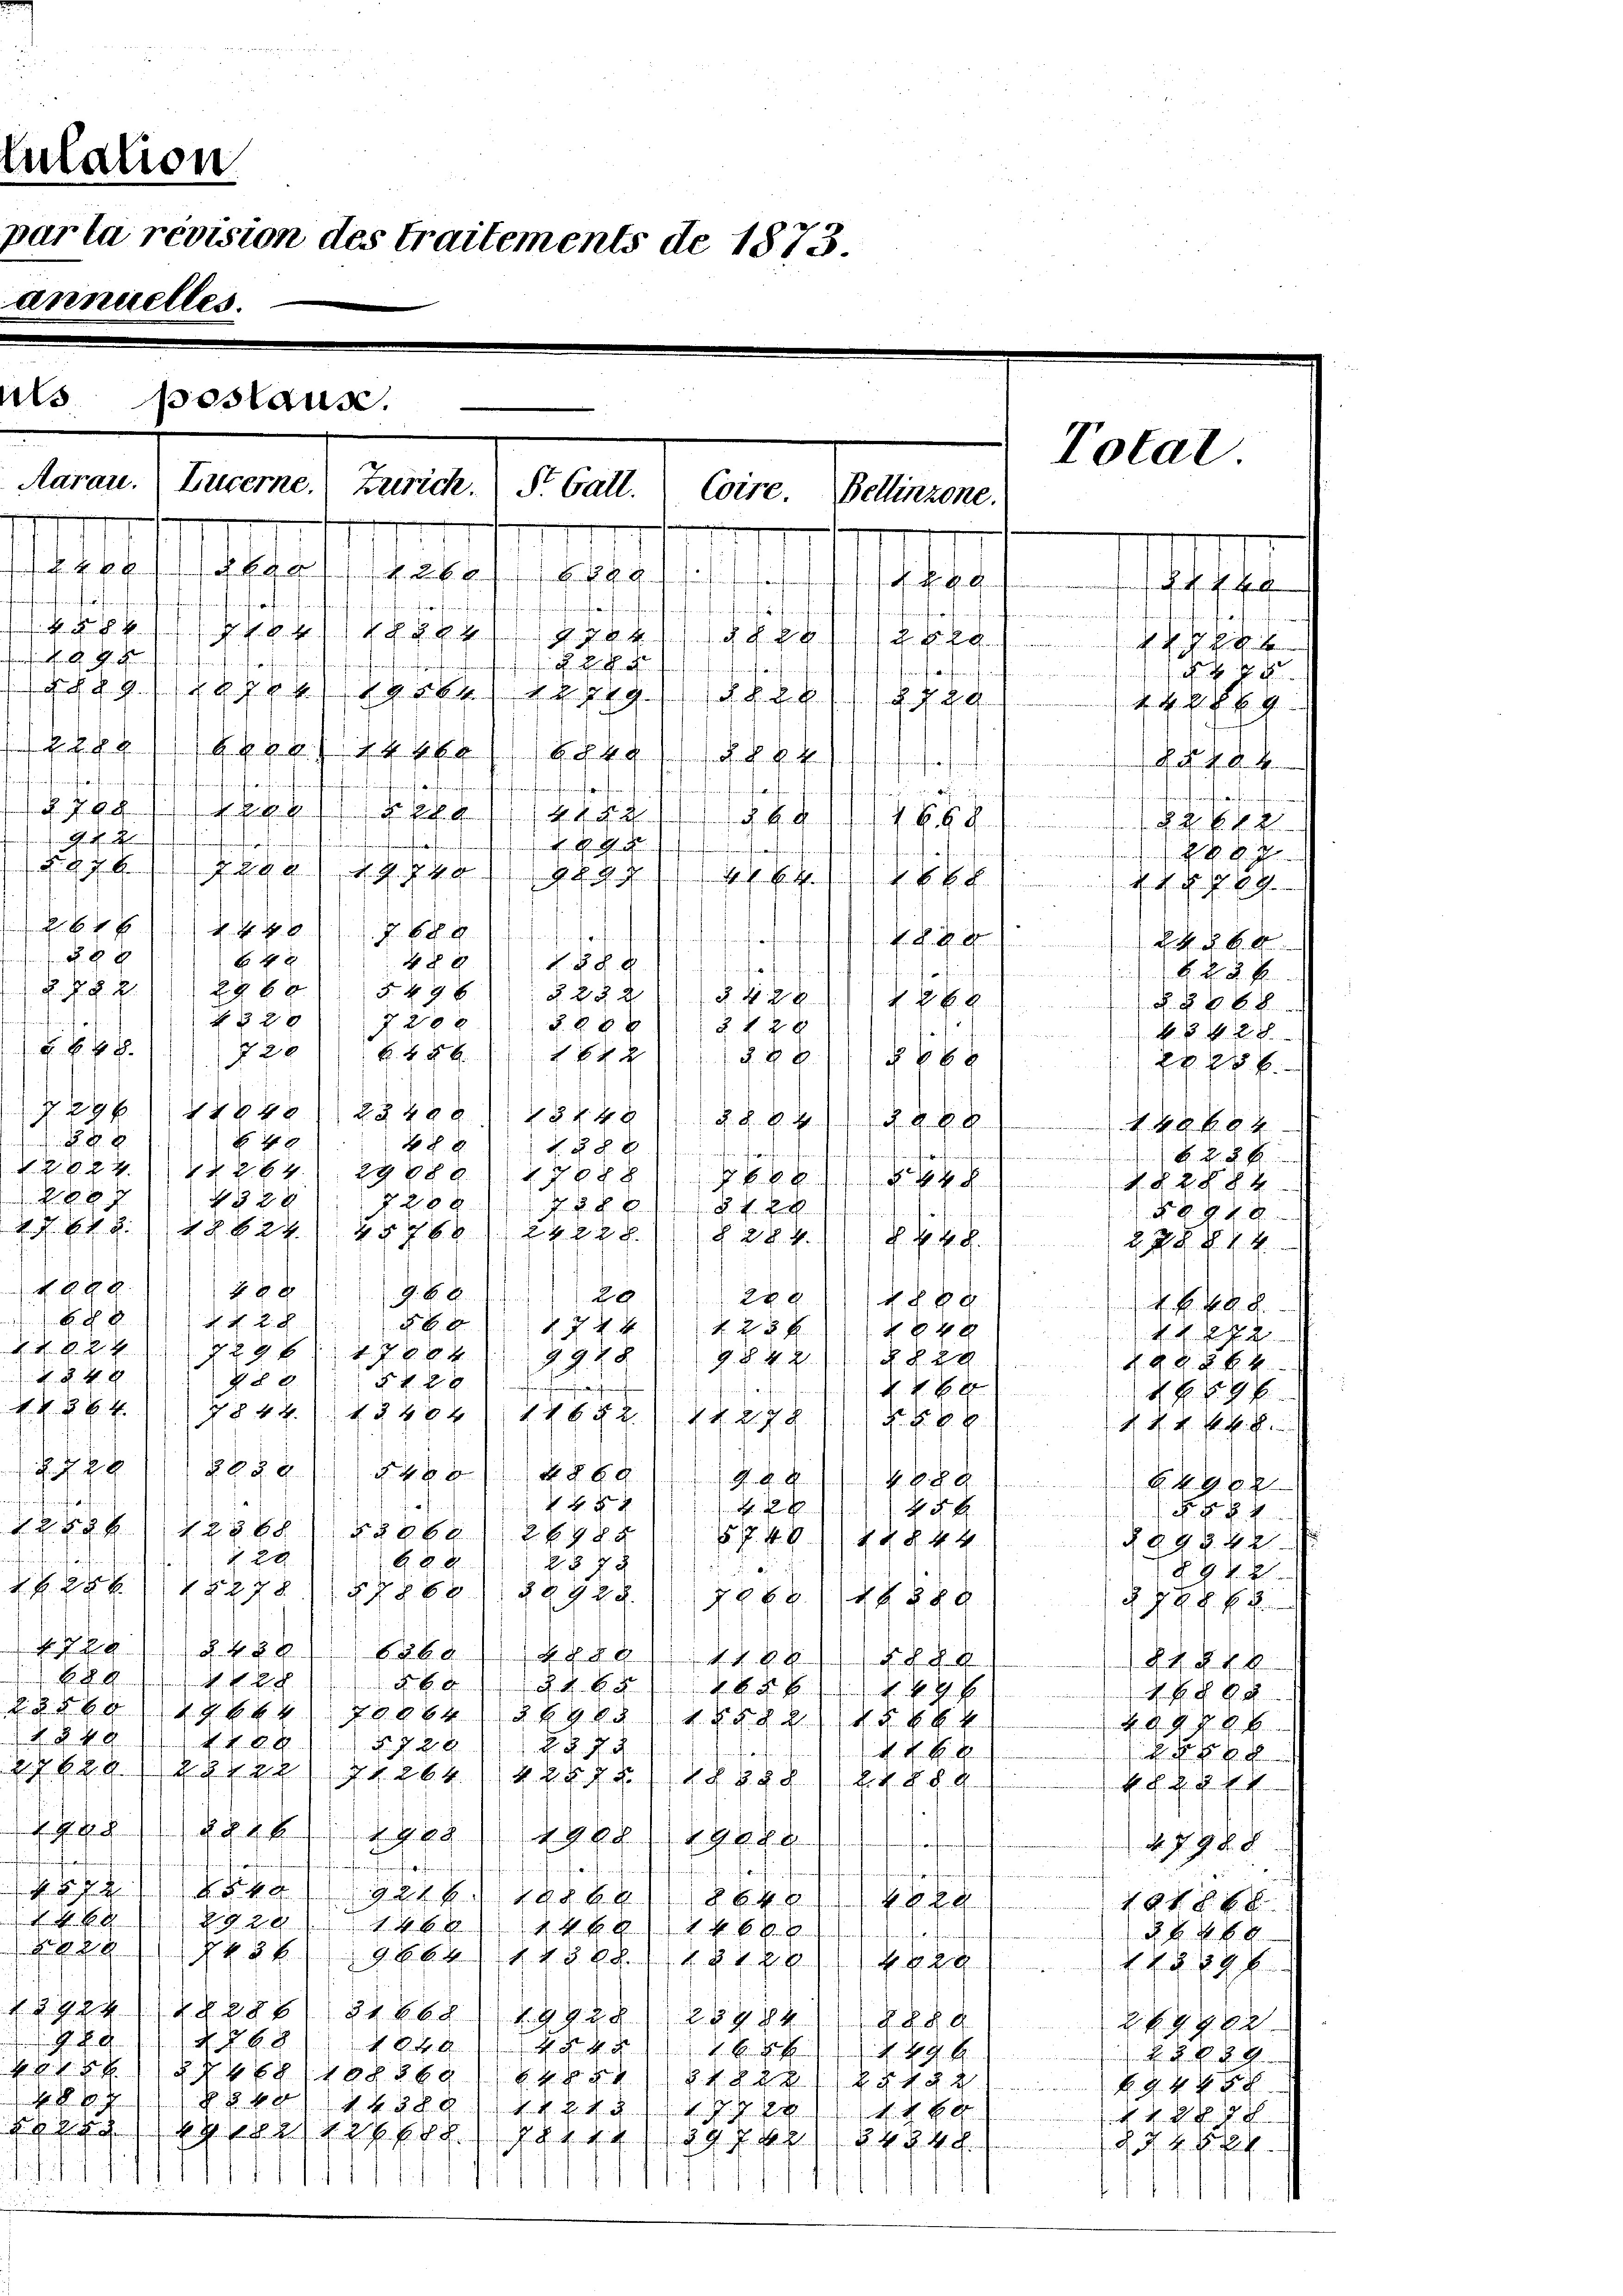
s

s. k. k.
.
R. 64 x
 769
fündige
.///4/1891 k
 f 0 x
B 48
4 § 8
88. 8
fa fünfere
.
§§. 2. 11884
5. 49. 6
 22 x
R. § 28
R. § 86 f
f 32 x
7 20 x
 28 x
 f 28

428
720
B. 48 x
11 § 88.
§ f 6 x
e
 888.
N29/1884)) 28488) 1848) S. S. V. 14.
J. A. E.
482
 h. d.
  K. B. J. a
.
 2) 1708) Eben § 448, 18784.
§ 289. 17880/18 f. Er
ür
§ 448
62445 f 24 ff. (1284.
S. Ehe.
2 § 24
49 x
R. Bd.
26
288
§ 889. 49
N. N. 28.
 xx
§ 7 dk
N 22 x
§ P. R.)
229 f 1788 x
9. 228.
J. §. §. 2.
§§.22) § 98884
§ 89.
2x
s
defen h
d. Vg
96
§§42) § 482. 1852. IV 278.
F.)
N. K. K. A. E.
f
 R. d. G.
§ 480 § 889.
A. 8
89) 1849
5
 2
N §§ 4
H. H. R
258 f 12868) §§ 86. 2988
157. 49. 1844. 1848
ihen
20
288
2878

§94
Frk. 12278 (7868) §8928.
2288 (14682d
 PR. § 88
.
g1) § 488.
626. d
 § 89. 111 Pf. 1888)
848
Pra 11fl. 1124 f 24 x
2
 § 80
2261064 § 68 f. 1882 § 88. E
2 84 284
§ 848
N. Z. 88
 720
R. § 28
e aufen h
 8
c
 Ehre 18141288 (1888
P. C. R. § 24
/4/189
EGR. 1948)
u
d. 7. 9. d. 8.
für
a
uffenden
en
.
puchinger 191800
89
29281468
xxxxxx
i
22 89
atte der eigen der
i
Z 24, 966 (145 P. 11. 1848
g
R. § 298

19241288) S. 66. 29228484
P. F. d. d.
e
 . . .
68
2 849. 11 Jahr 1861 § 2942 k

§§ 801 11 4289 1812./12 84
N. Z. B.
 228

2881/8 12/1891/2484
 4 f 24
u

x
999.
88
N 22
N. §. 4. 8
.M. 884.

8 xxx

lation
parta revision des traitements de 1873.

peslause.

40
3 xx

Total
Aarau. Lucerne. Zürich.
St. Gall.
Coire.
Bellinzone.
122 889. 11. sister 11/189
chr. f.
t
trafen de
fienge hin anfanten Pfennfmfaufwerfen
affe
fne
wenigen engereich
s
appschaftschäftiges schlecht
.und in denn ersten e
utmacherungen den für enthaltenen und
toffen
 wie zu verminen ihr

(1289. 1019 (1419/1884/1/8729
g
 489. 241
fan
ffe
fnauf verfene
dorf wegen
fenkundigerten.
hunde angezu einendemann einemmunge nahe auf mitmarkiefen
§148 lag apa//185/12 8
G
honanferung einverfangen fern werfenen
.
n
aztage gar k